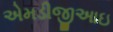
એમડીજીઆઇ